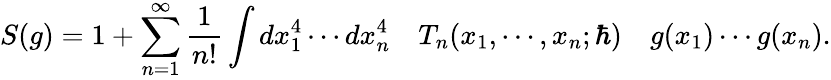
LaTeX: S(g)=1+\sum_{n=1}^{\infty}\frac{1}{n!}\int dx_{1}^{4}\cdots dx_{n}^{4}\quad T_{n}(x_{1},\cdots,x_{n};\hbar)\quad g(x_{1})\cdots g(x_{n}).